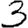
Digit: 3